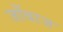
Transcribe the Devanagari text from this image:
जाँबाज